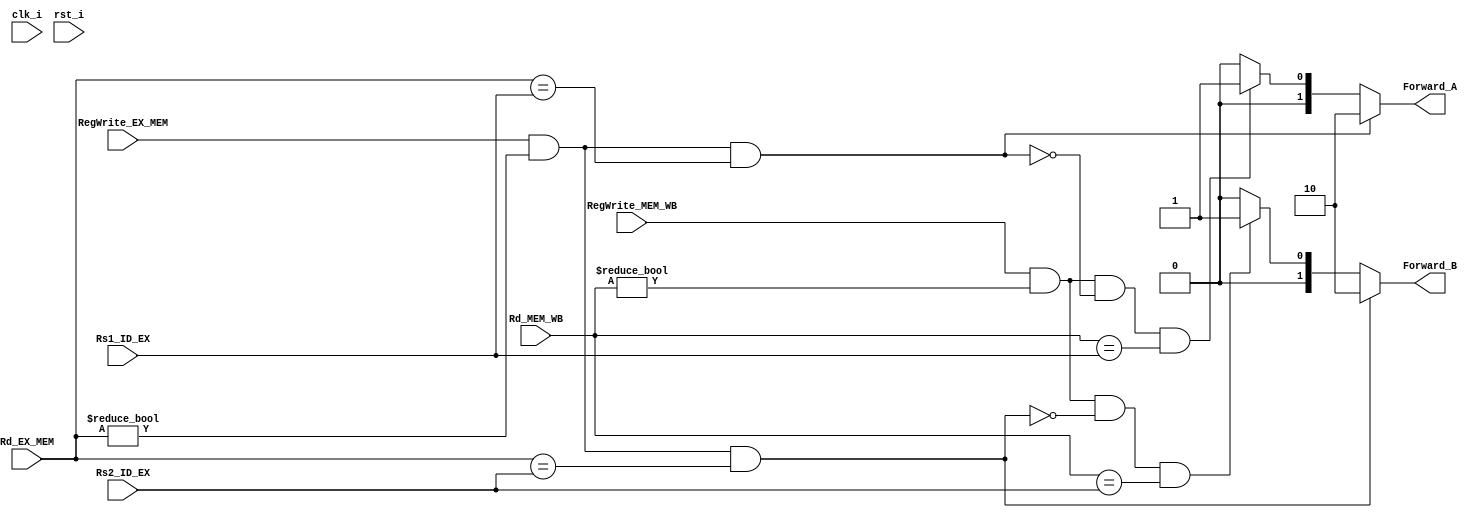
/***************************************************
Student Name: 
Student ID: 
***************************************************/

`timescale 1ns/1ps
module Forwarding_Unit(
	input clk_i,
	input rst_i,
	input [5-1:0] Rs1_ID_EX,
	input [5-1:0] Rs2_ID_EX,
	input [5-1:0] Rd_EX_MEM,
	input [5-1:0] Rd_MEM_WB,
	input          RegWrite_EX_MEM,
	input          RegWrite_MEM_WB,
	output reg [2-1:0] Forward_A,
	output reg [2-1:0] Forward_B
	);

always@(*) begin
		// Rs1
		/*EX Hazard*/
		if(RegWrite_EX_MEM && Rd_EX_MEM != 5'd0 && Rd_EX_MEM == Rs1_ID_EX) 
		    begin
			Forward_A <= 2'b10;
		    end
		/*MEM Hazard*/
		else if(RegWrite_MEM_WB && Rd_MEM_WB != 5'd0 && !((RegWrite_EX_MEM && Rd_EX_MEM != 5'd0) && (Rd_EX_MEM == Rs1_ID_EX)) && Rd_MEM_WB == Rs1_ID_EX) 
		    begin
			Forward_A <= 2'b01;
		    end
		/* Source ID/EX*/
		else 
		    begin
			Forward_A <= 2'b00;
		    end
		// Rs2
		/*EX Hazard*/
		if(RegWrite_EX_MEM && Rd_EX_MEM != 5'd0 && Rd_EX_MEM == Rs2_ID_EX) 
		    begin
			Forward_B <= 2'b10;
		    end
		/*MEM Hazard*/
		else if(RegWrite_MEM_WB && Rd_MEM_WB != 5'd0 && !((RegWrite_EX_MEM && Rd_EX_MEM != 5'd0) && (Rd_EX_MEM == Rs2_ID_EX)) && Rd_MEM_WB == Rs2_ID_EX) 
		    begin
			Forward_B <= 2'b01;
		    end
		/* Source ID/EX*/
		else 
		    begin
			Forward_B <= 2'b00;
		    end
$display("%0dns :\$display: 3rd Stage Rs1 = %5b Rs2=%5b RegWrite_EX_MEM = %b RegWrite_MEM_WB = %b RD_EX_MEM = %5b, RD_MEM_WB = %5b Foward A = %2b Forward B = %2b"  , $stime, Rs1_ID_EX, Rs2_ID_EX, RegWrite_EX_MEM, RegWrite_MEM_WB, Rd_EX_MEM, Rd_MEM_WB, Forward_A, Forward_B);

	end
endmodule